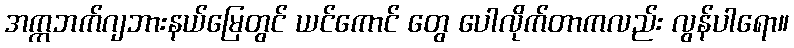
အက္ကဘက်ဂျဘားနယ်မြေတွင် ယင်ကောင် တွေ ပေါလိုက်တာကလည်း လွန်ပါရော။